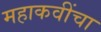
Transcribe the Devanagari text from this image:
महाकवींचा